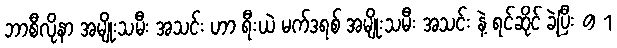
ဘာစီလိုနာ အမျိုးသမီး အသင်း ဟာ ရီးယဲ မက်ဒရစ် အမျိုးသမီး အသင်း နဲ့ ရင်ဆိုင် ခဲ့ပြီး 9 1